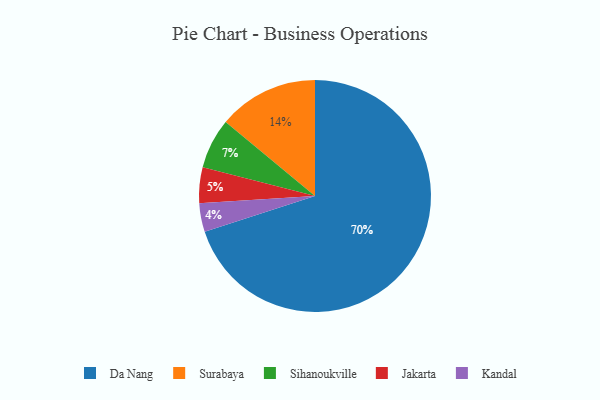
{"axis": {"x": "Category", "y": "Percentage"}, "legend": ["Da Nang", "Jakarta", "Kandal", "Sihanoukville", "Surabaya"], "data": [{"x": "Sihanoukville", "y": 7, "type": "Sihanoukville"}, {"x": "Surabaya", "y": 14, "type": "Surabaya"}, {"x": "Da Nang", "y": 70, "type": "Da Nang"}, {"x": "Jakarta", "y": 5, "type": "Jakarta"}, {"x": "Kandal", "y": 4, "type": "Kandal"}]}